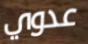
عدوي